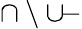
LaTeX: \cap\setminus\cup\! {\mathrm{-}}